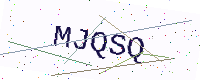
Text: MJQSQ